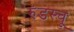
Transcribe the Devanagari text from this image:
रुंडस्चू